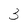
Character: 3